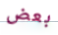
بعض